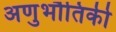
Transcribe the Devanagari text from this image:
अणुभौतिकी